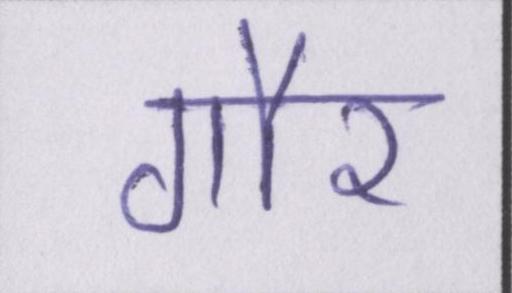
गौर